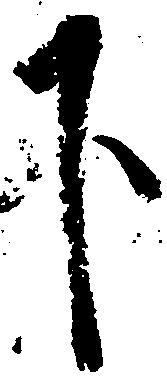
下